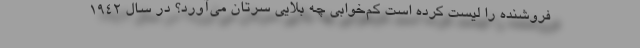
فروشنده را لیست کرده است کم‌خوابی چه بلایی سرتان می‌آورد؟ در سال ۱۹۴۲